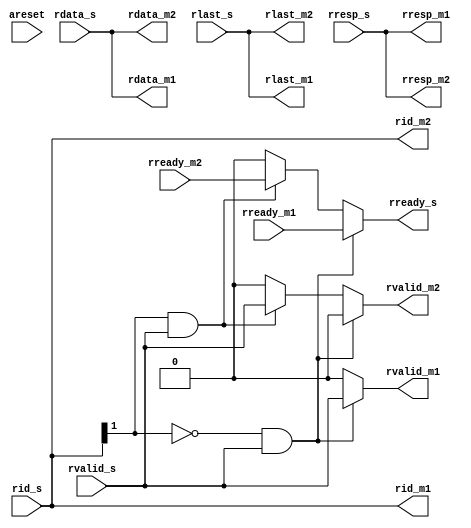
module rdata_demux_1to2(
input           areset,

// master 1
output   [3:0]  rid_m1,
output  [31:0]  rdata_m1,
output          rlast_m1,
output   [1:0]  rresp_m1,	
output          rvalid_m1,
input           rready_m1,

// master 2
output   [3:0]  rid_m2,
output  [31:0]  rdata_m2,
output          rlast_m2,
output   [1:0]  rresp_m2,
output          rvalid_m2,
input           rready_m2,

// slave
input    [3:0]  rid_s,
input   [31:0]  rdata_s,
input           rlast_s,
input    [1:0]  rresp_s,
input           rvalid_s,
output          rready_s
);



// RDATA demux
assign rid_m1    = rid_s[3:0];
assign rdata_m1  = rdata_s;
assign rresp_m1  = rresp_s;
assign rlast_m1  = rlast_s;
assign rvalid_m1 = ((rid_s[1]==1'b0)&rvalid_s) ? rvalid_s : ((rid_s[1]==1'b1)&rvalid_s) ? 1'b0 : 1'b0;

assign rid_m2    = rid_s[3:0];
assign rdata_m2  = rdata_s;
assign rresp_m2  = rresp_s;
assign rlast_m2  = rlast_s;
assign rvalid_m2 = ((rid_s[1]==1'b0)&rvalid_s) ? 1'b0 : ((rid_s[1]==1'b1)&rvalid_s) ? rvalid_s : 1'b0;

assign rready_s  = ((rid_s[1]==1'b0)&rvalid_s) ? rready_m1 : ((rid_s[1]==1'b1)&rvalid_s) ? rready_m2 : 1'b0;
endmodule